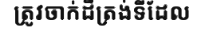
ត្រូវចាក់ដីត្រង់ទីដែល